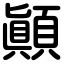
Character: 顚